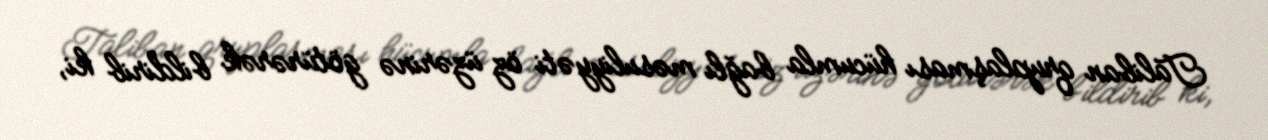
Taliban qruplaşması hücumla bağlı məsuliyyəti öz üzərinə götürərək bildirib ki,